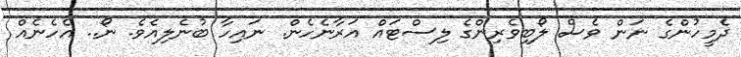
ދެމީހުންގެ ނަން ވެސް ލޯޯޯބިވެރިންގެ ލިސްޓައް އަރާނެހެން. ނައިހާ ބުނެލިއެވެ. ނޯ.. އެހެނެއް